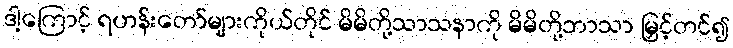
ဒါ့ကြောင့် ရဟန်းတော်များကိုယ်တိုင် မိမိတို့သာသနာကို မိမိတို့ဘာသာ မြှင့်တင်၍